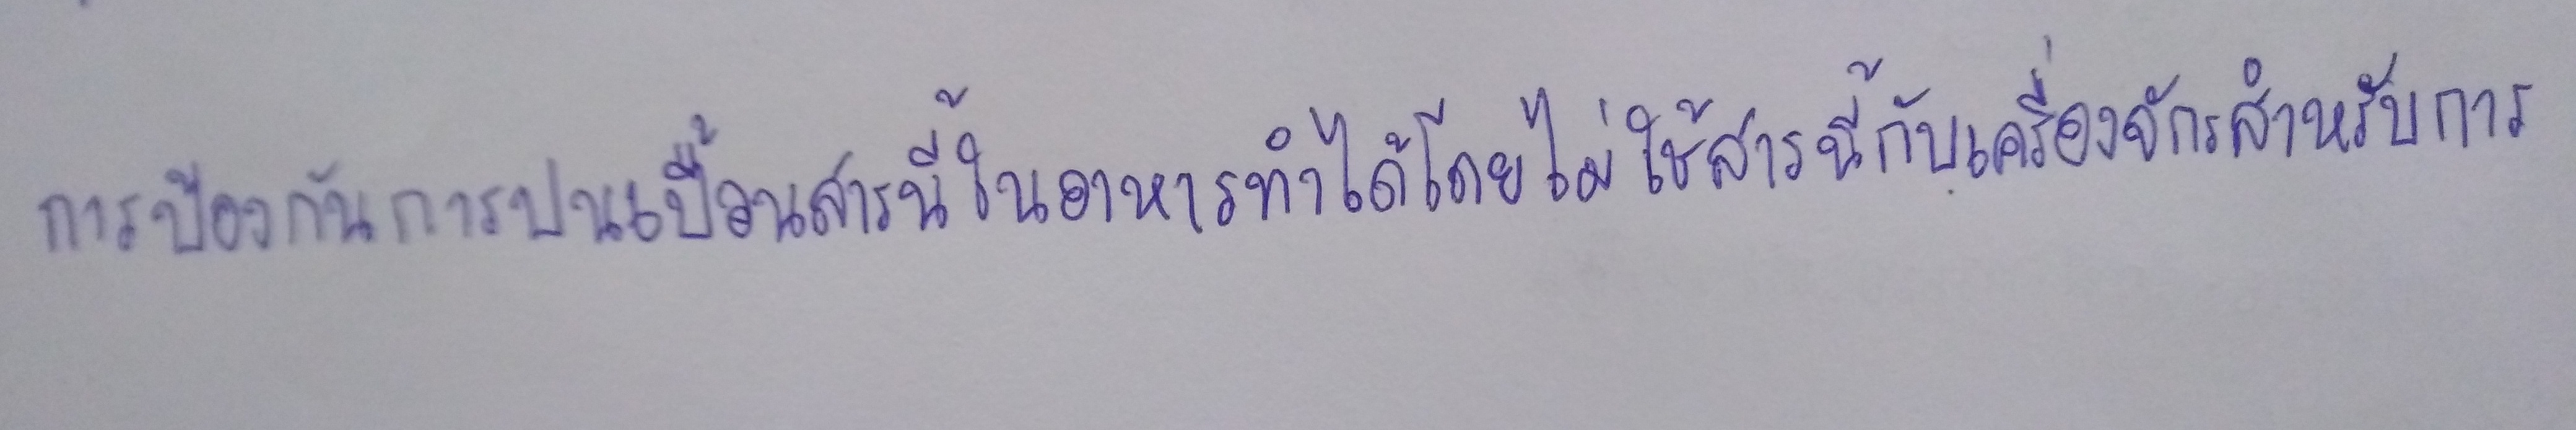
การป้องกันการปนเปื้อนสารนี้ในอาหารทำได้โดยไม่ใช้สารนี้กับเครื่องจักรสำหรับการ